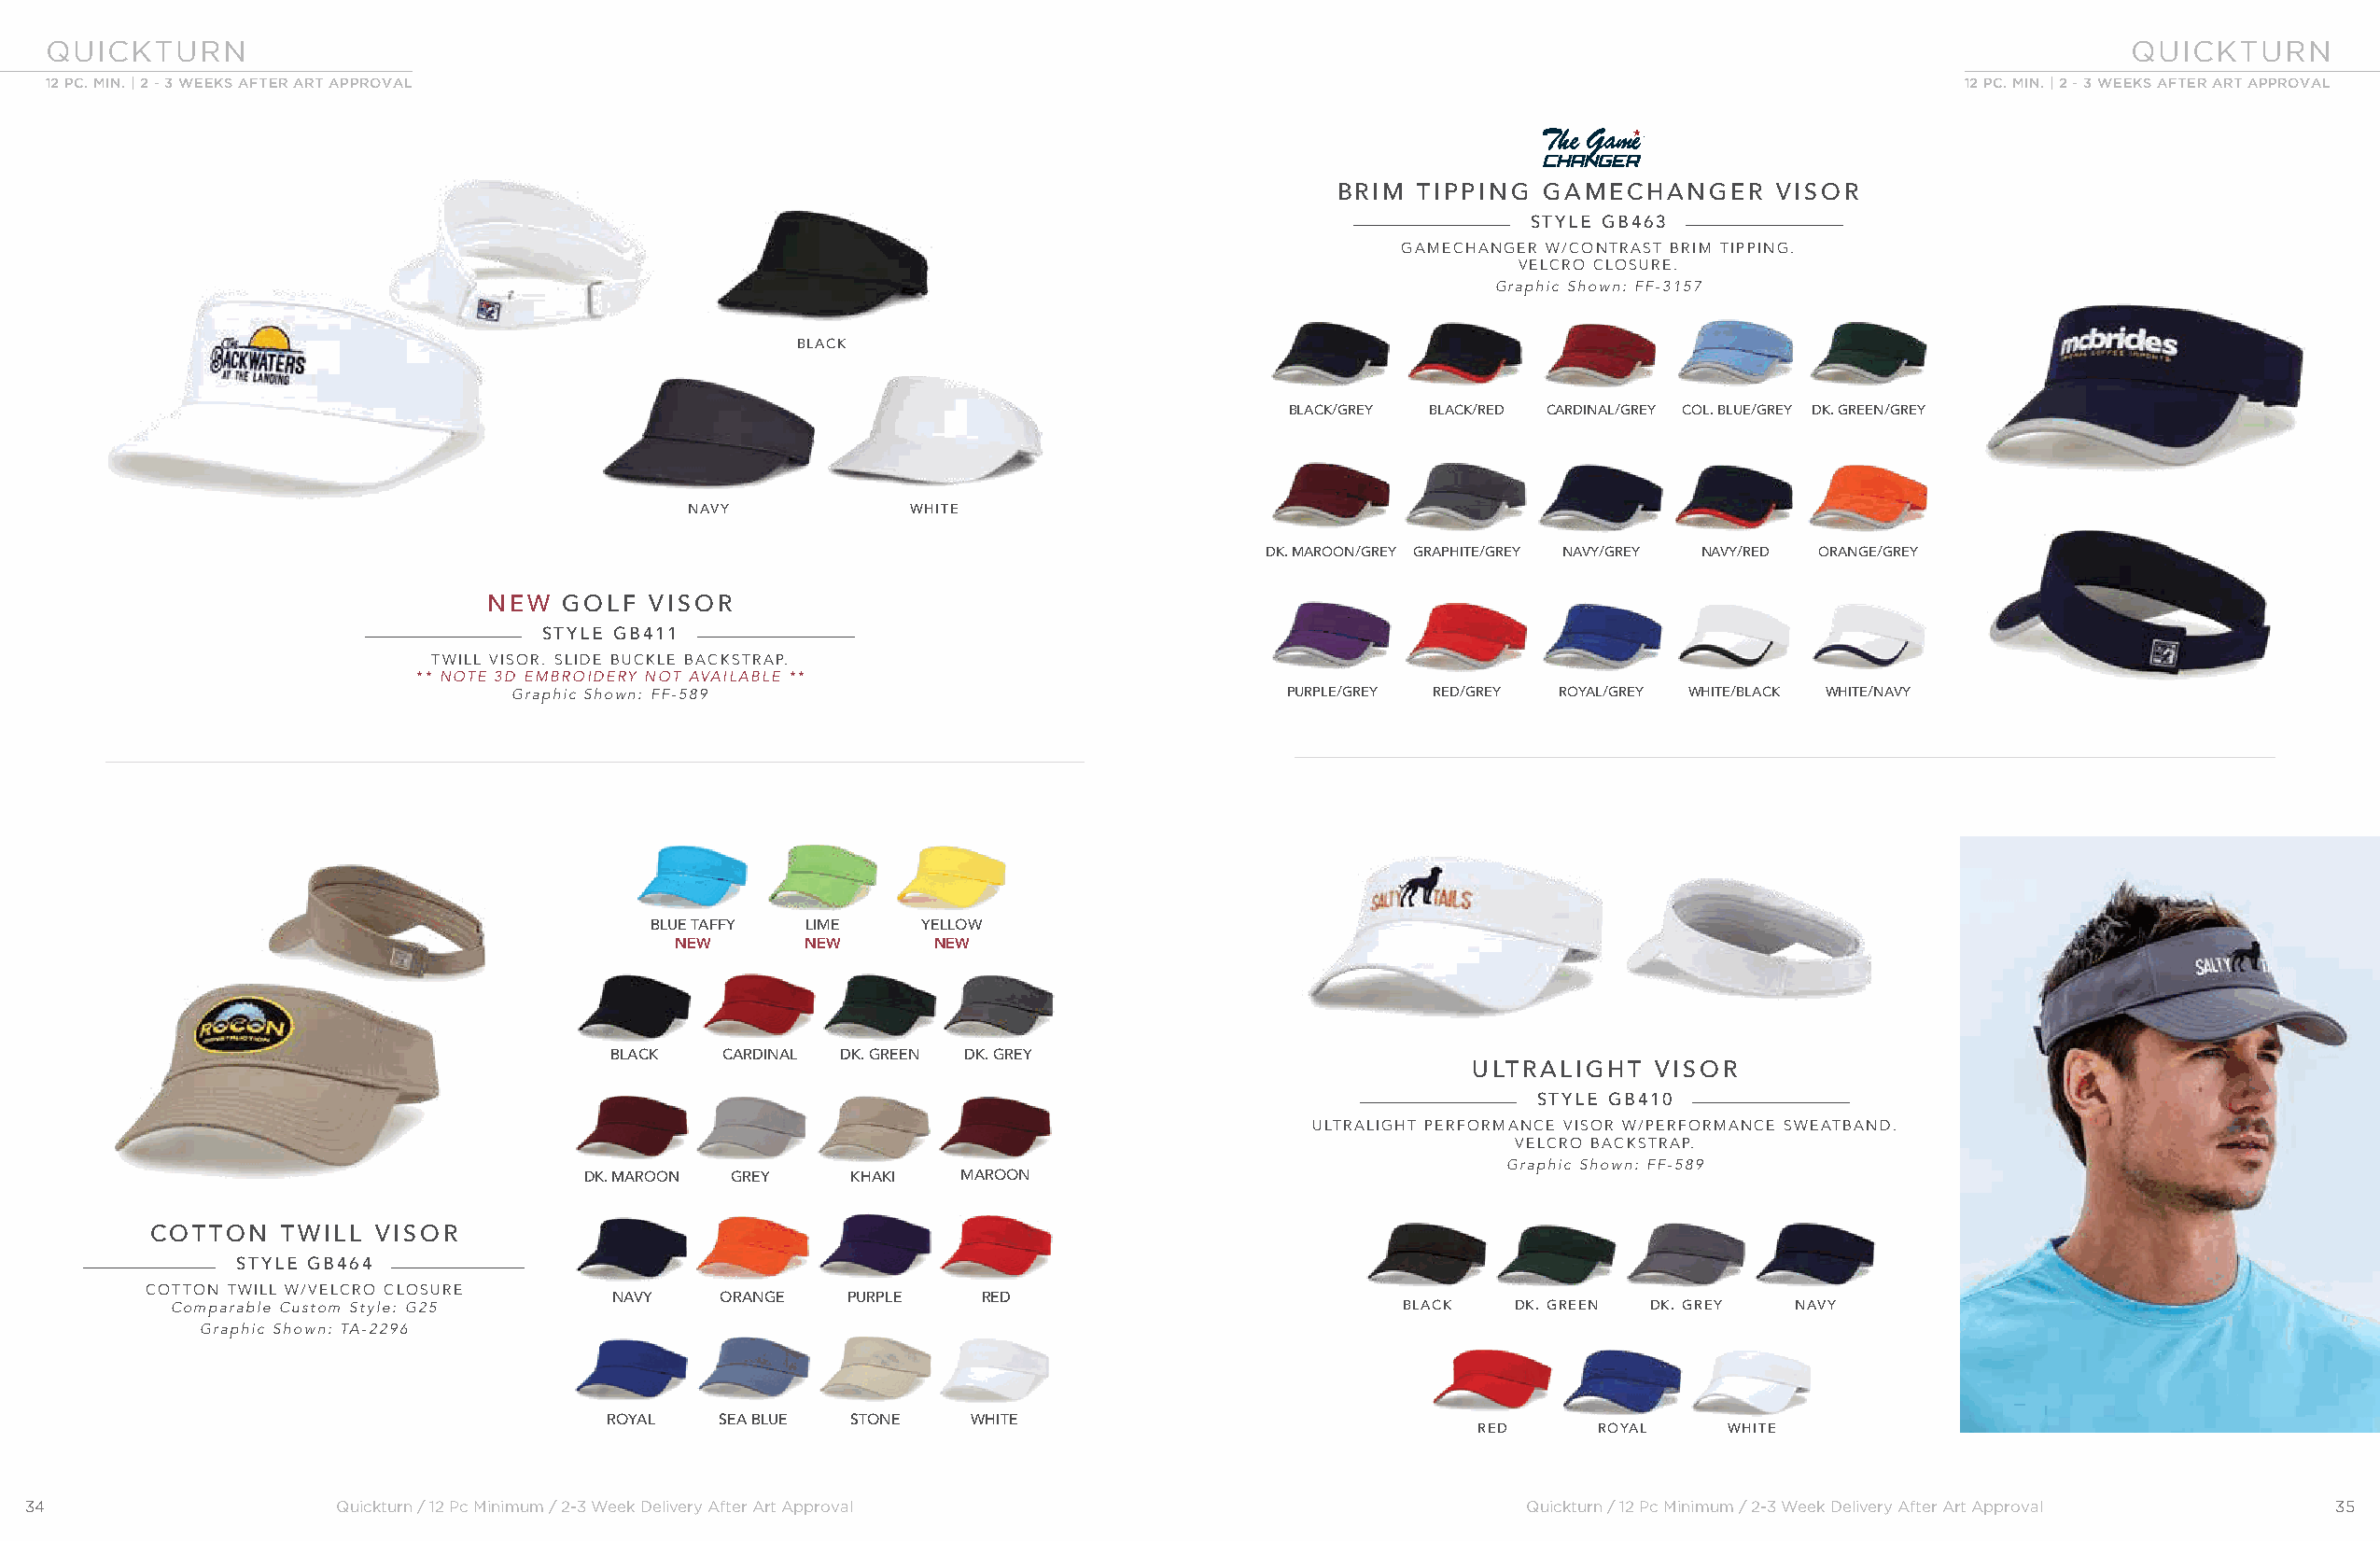
QUICKTURN                                                                                                                                           QUICKTURN
 12 PC. MIN. | 2 - 3 WEEKS AFTER ART APPROVAL                                                                                            12 PC. MIN. | 2 - 3 WEEKS AFTER ART APPROVAL
 BRIM  TIPPING GAMECHANGER      VISOR
 STYLE GB463
 GAMECHANGER W/CONTRAST BRIM TIPPING.
 VELCRO CLOSURE.
 Graphic Shown: FF-3157
 BLACK
 BLACK/GREY BLACK/RED CARDINAL/GREY COL. BLUE/GREY DK. GREEN/GREY
 NAVY            WHITE
 DK. MAROON/GREY GRAPHITE/GREY NAVY/GREY NAVY/RED ORANGE/GREY
 NEW  GOLF  VISOR
 STYLE GB411
 TWILL VISOR. SLIDE BUCKLE BACKSTRAP.
 ** NOTE 3D EMBROIDERY NOT AVAILABLE **
 Graphic Shown: FF-589                                  PURPLE/GREY RED/GREY ROYAL/GREY WHITE/BLACK WHITE/NAVY
 BLUE TAFFY LIME    YELLOW
 NEW      NEW      NEW
 BLACK   CARDINAL DK. GREEN DK. GREY
 ULTRALIGHT   VISOR
 STYLE GB410
 ULTRALIGHT PERFORMANCE VISOR W/PERFORMANCE SWEATBAND.
 VELCRO BACKSTRAP.
 Graphic Shown: FF-589
 DK. MAROON GREY    KHAKI   MAROON
 COTTON   TWILL  VISOR
 STYLE GB464
 COTTON TWILL W/VELCRO CLOSURE
 NAVY    ORANGE   PURPLE    RED
 Comparable Custom Style: G25                                                           BLACK   DK. GREEN DK. GREY  NAVY
 Graphic Shown: TA-2296
 ROYAL   SEA BLUE STONE    WHITE
 RED     ROYAL     WHITE
 34                    Quickturn / 12 Pc Minimum / 2-3 Week Delivery After Art Approval                    Quickturn / 12 Pc Minimum / 2-3 Week Delivery After Art Approval 35